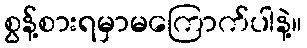
စွန့်စားရမှာမကြောက်ပါနဲ့။